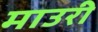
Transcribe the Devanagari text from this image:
माउरी